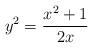
LaTeX: \begin{align*}y^2=\frac{x^2+1}{2x}\end{align*}